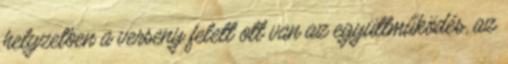
helyzetben a verseny felett ott van az együttműködés, az